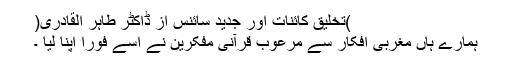
)تخلیق کائنات اور جدید سائنس از ڈاکٹر طاہر القادری(
ہمارے ہاں مغربی افکار سے مرعوب قرآنی مفکرین نے اسے فوراً اپنا لیا ۔